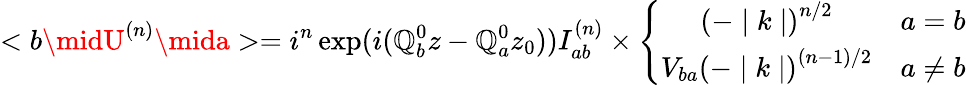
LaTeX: <b\midU^{(n)}\mida>=i^{n}\exp(i(\mathbb{Q}_{b}^{0}z-\mathbb{Q}_{a}^{0}z_{0}))I_{ab}^{(n)}\times\left\{ \begin{array}{cc}{{\left(-\mid k\mid\right)^{n/2}}}&{{a=b}}\\ {{V_{ba}\left(-\mid k\mid\right)^{(n-1)/2}}}&{{a\not=b}}\end{array}\right.